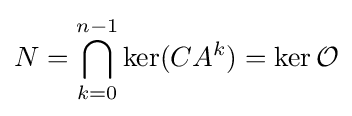
N=\bigcap _{k=0}^{n-1}\ker(CA^{k})=\ker {\mathcal {O}}